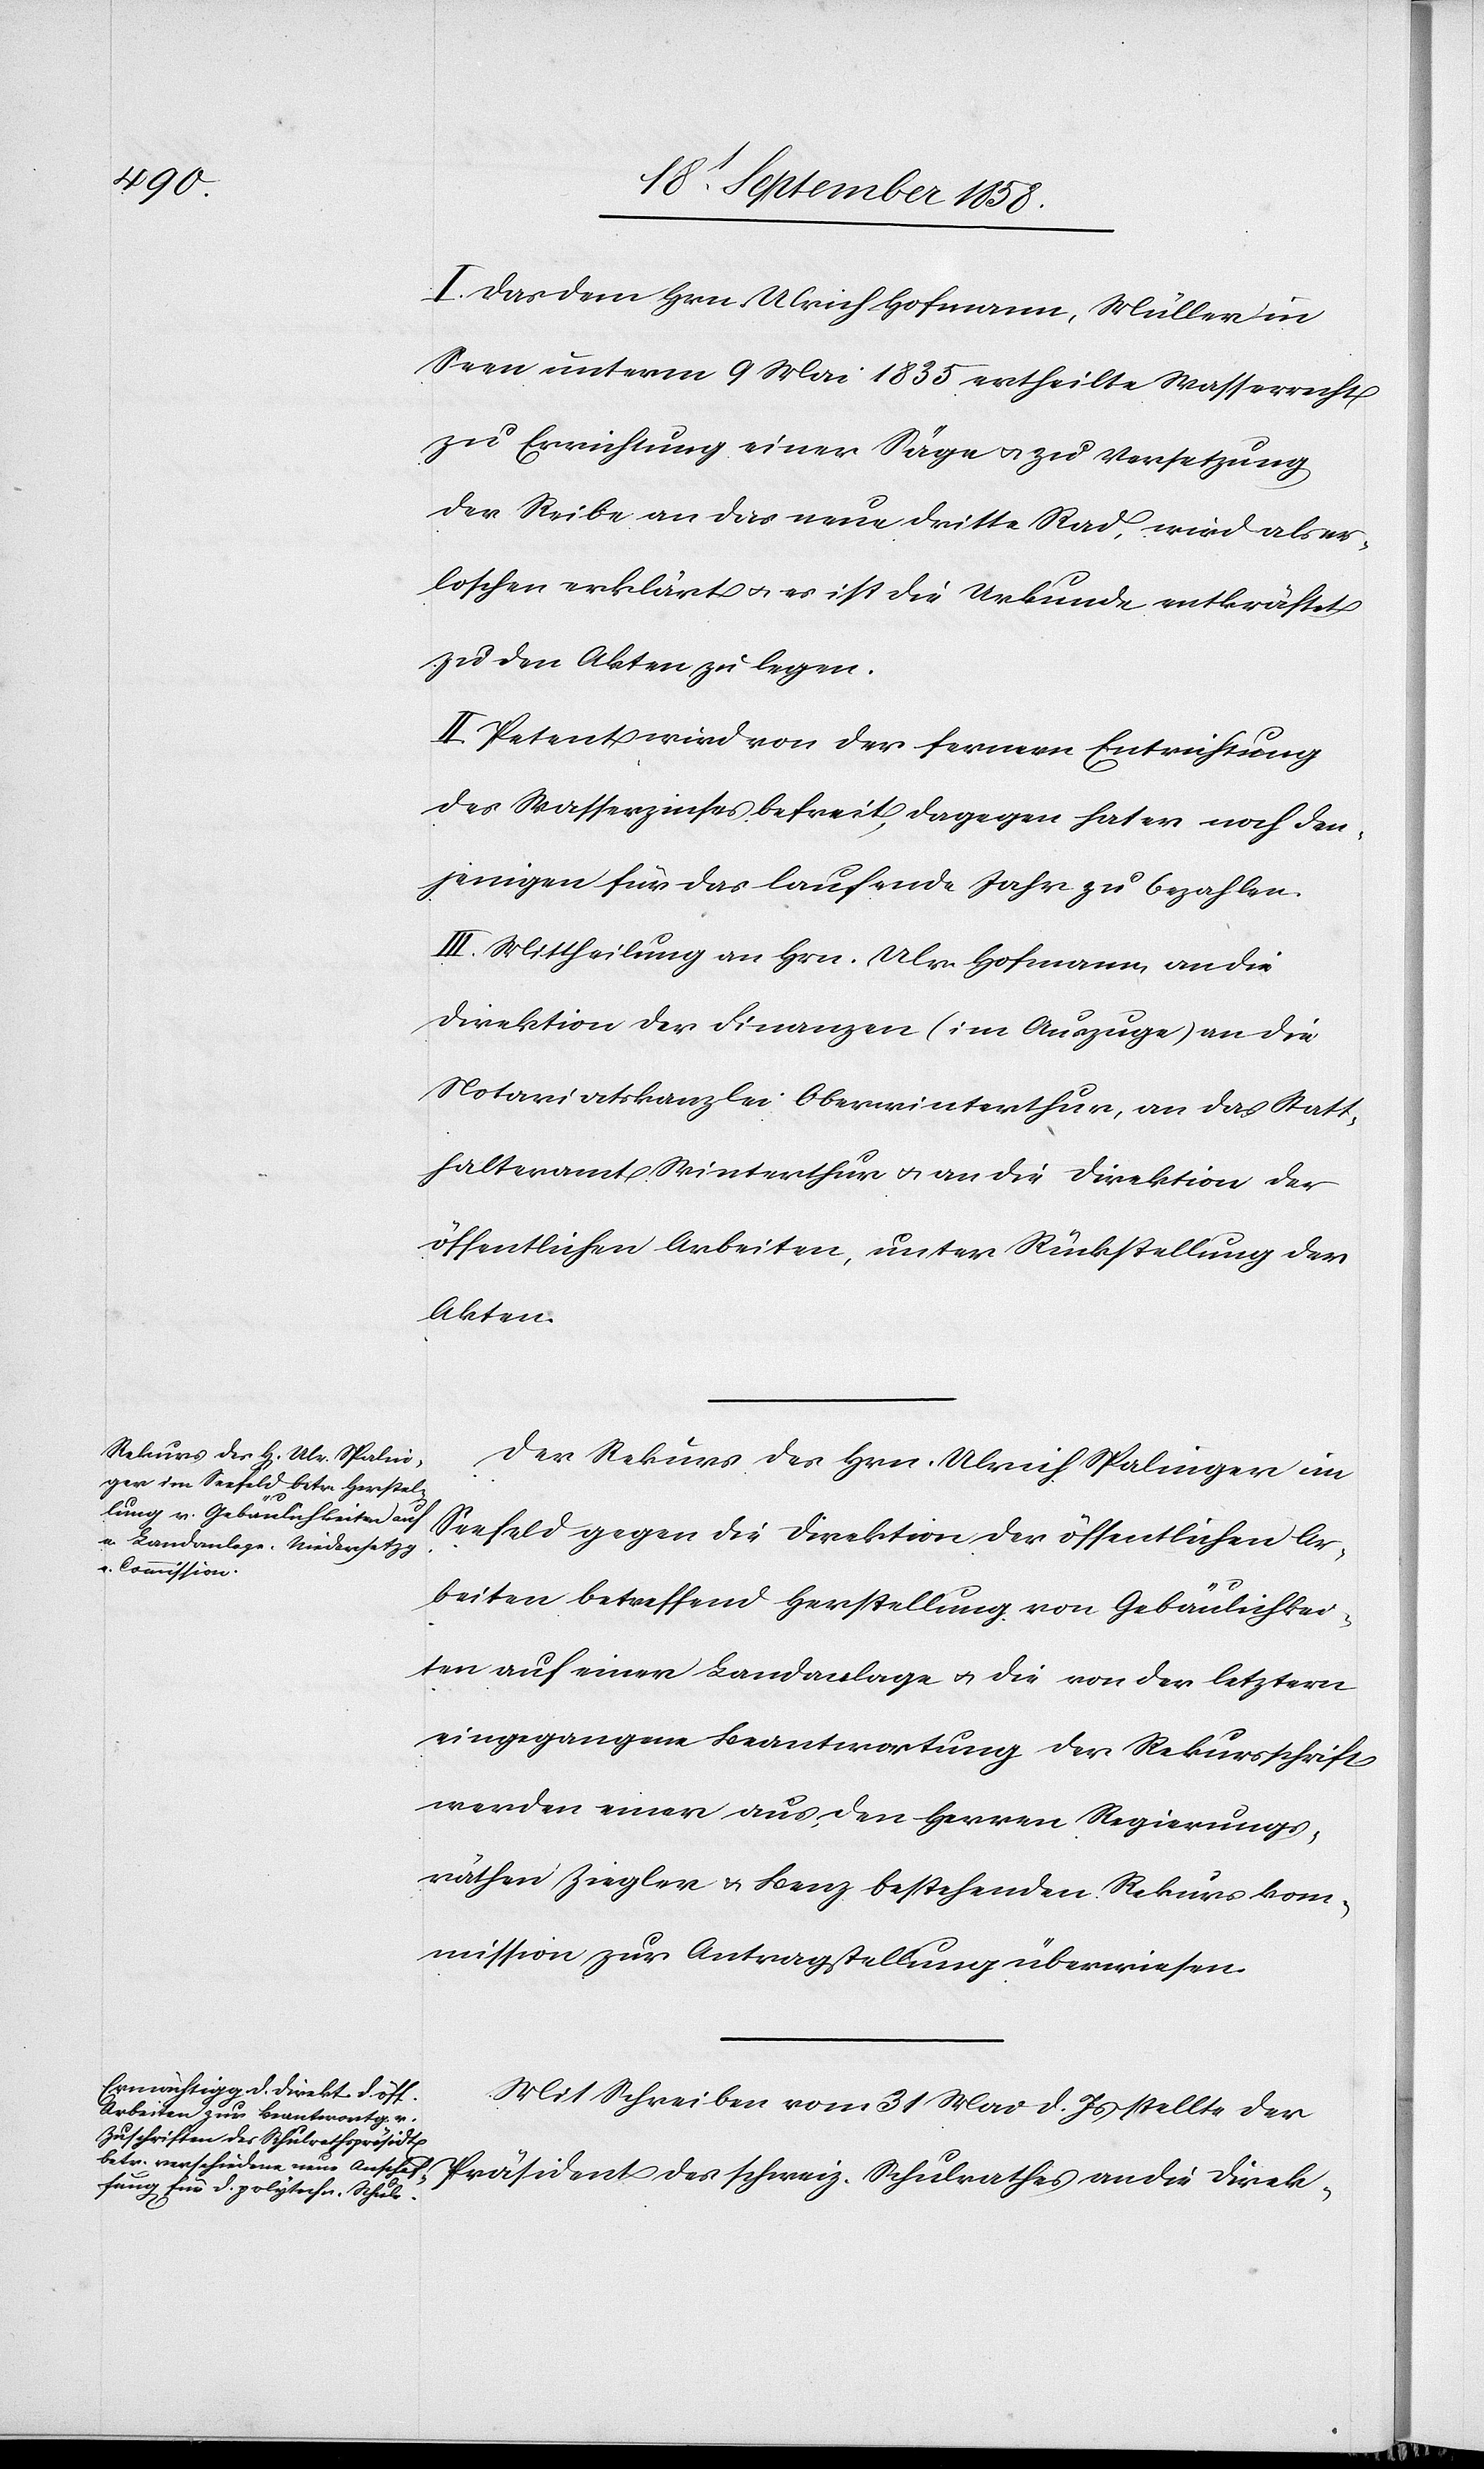
I. Das dem Hrn. Ulrich Hofmann, Müller in
Seen unterm 9 Mai 1835 ertheilte Wasserrecht
zu Errichtung einer Säge & zu Versetzung
der Reibe an das neue dritte Rad, wird als er¬
loschen erklärt & es ist die Urkunde entkräftet
zu den Akten zu legen.
II. Petent wird von der fernern Entrichtung
des Wasserzinses befreit, dagegen hat er noch den¬
jenigen für das laufende Jahr zu bezahlen.
III. Mittheilung an Hrn. Ulr. Hofmann, an die
Direktion der Finanzen (im Auszuge)[,] an die
Notariatskanzlei Oberwinterthur, an das Statt¬
halteramt Winterthur & an die Direktion der
öffentlichen Arbeiten, unter Rückstellung der
Akten.
Der Rekurs des Hrn. Ulrich Spalinger im
Seefeld gegen die Direktion der öffentlichen Ar¬
beiten betreffend Herstellung von Gebäulichkei¬
ten auf einer Landanlage & die von der letztern
eingegangene Beantwortung der Rekursschrift
werden einer aus den Herren Regierungs¬
räthen Ziegler & Benz bestehenden Rekurskom¬
mission zur Antragstellung überwiesen.
Mit Schreiben vom 31 Mai d. Js stellte der
Präsident des schweiz. Schulrathes an die Direk-